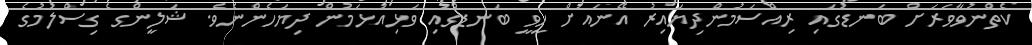
ކެތްނުވާވަރަށް ބަނޑުގައި ރިއްސަމުންދިޔައިރު އޭނައަށް ހީވީ ބަނޑުގައި ވަޅިއަޅަމުން ދިޔަހެންނެވެ. ޝަލީންގެ ގިސްލުމުގެ